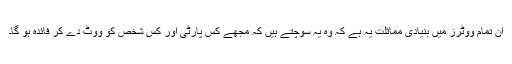
ان تمام ووٹرز میں بنیادی مماثلت یہ ہے کہ وہ یہ سوچتے ہیں کہ مجھے کس پارٹی اور کس شخص کو ووٹ دے کر فائدہ ہو گا۔